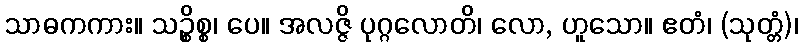
သာဓကကား။ သဉ္စိစ္စ၊ ပေ။ အလဇ္ဇိ ပုဂ္ဂလောတိ၊ လော, ဟူသော။ ဧတံ၊ (သုတ္တံ)၊